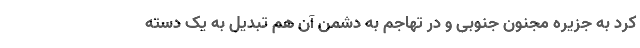
کرد به جزیره مجنون جنوبی و در تهاجم به دشمن آن هم تبدیل به یک دسته